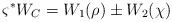
LaTeX: \begin{align*}\varsigma^{*} W_C= W_1(\rho)\pm W_2(\chi)\end{align*}